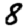
Digit: 8